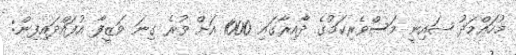
މުހައްމަދު ޝައިނީ މަސްވެރިކަމުގެ ދާއިރާގައި 1000 އަށް ވުރެ ގިނަ ވަޒީފާ އުފައްދައިފިން: